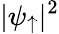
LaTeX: |\psi_{\uparrow}|^{2}